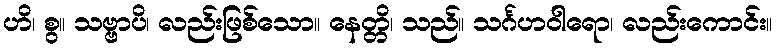
ဟိ၊ စွ။ သဗ္ဗာပိ၊ လည်းဖြစ်သော။ နေတ္တိ၊ သည်။ သင်္ဂဟဝါရော၊ လည်းကောင်း။